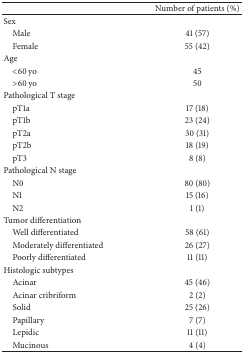
<table><thead><tr><td><b> </b></td><td><b>Number of patients (%)</b></td></tr></thead><tbody><tr><td>Sex </td><td> </td></tr><tr><td> Male</td><td>41 (57)</td></tr><tr><td> Female</td><td>55 (42)</td></tr><tr><td>Age</td><td> </td></tr><tr><td> &lt;60 yo</td><td>45</td></tr><tr><td> &gt;60 yo</td><td>50</td></tr><tr><td>Pathological T stage</td><td> </td></tr><tr><td> pT1a</td><td>17 (18)</td></tr><tr><td> pT1b</td><td>23 (24)</td></tr><tr><td> pT2a</td><td>30 (31)</td></tr><tr><td> pT2b</td><td>18 (19)</td></tr><tr><td> pT3</td><td>8 (8)</td></tr><tr><td>Pathological N stage</td><td> </td></tr><tr><td> N0</td><td>80 (80)</td></tr><tr><td> N1</td><td>15 (16)</td></tr><tr><td> N2</td><td>1 (1)</td></tr><tr><td>Tumor differentiation</td><td> </td></tr><tr><td> Well differentiated</td><td>58 (61)</td></tr><tr><td> Moderately differentiated</td><td>26 (27)</td></tr><tr><td> Poorly differentiated</td><td>11 (11)</td></tr><tr><td>Histologic subtypes</td><td> </td></tr><tr><td> Acinar</td><td>45 (46)</td></tr><tr><td> Acinar cribriform</td><td>2 (2)</td></tr><tr><td> Solid</td><td>25 (26)</td></tr><tr><td> Papillary</td><td>7 (7)</td></tr><tr><td> Lepidic</td><td>11 (11)</td></tr><tr><td> Mucinous </td><td>4 (4)</td></tr></tbody></table>